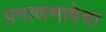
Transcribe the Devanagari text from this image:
प्रमाणभाषेचा